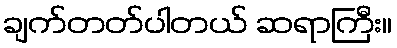
ချက်တတ်ပါတယ် ဆရာကြီး။